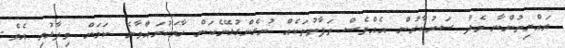
ރައްޔިތުންނާ މެދު ސަރުކާރުން އެއްވެސް ތަފާތުތަކެއް ނުގެންގުޅޭނެކަން ހާމަކުރައްވާނެ ކަމަށް ވިދާޅުވި އެވެ.